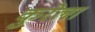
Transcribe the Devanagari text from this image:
कुरेला